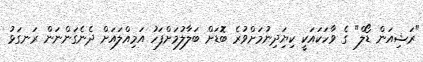
"ރަޝިއަން ޑޯލް" ގެ ވާހަކައަކީ ކިޔަިދިނުމަށްވުރެ ބޮޑަށް ބަލާލުމަށްފަހު އަމިއްލައަށް ދެނެގަންނަން ރަނގަޅު